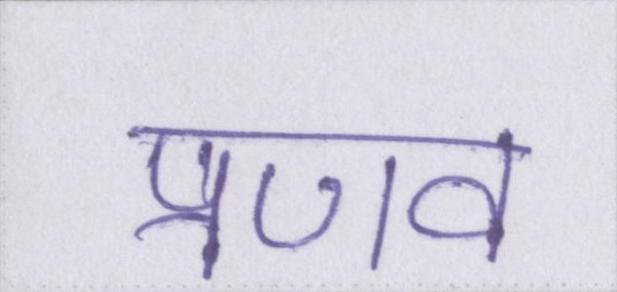
प्रणव